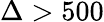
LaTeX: \Delta>500